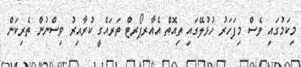
މިކަމުގައި ވެސް މިފަހަރު ހުޅުލޭގައި ތިއޮތް އެއާރޕޯރޓް ތަރައްގީ ކުރާއިރު ވިސްނުން ތެރިކަން